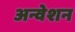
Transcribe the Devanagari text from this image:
अन्वेशन